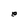
Character: e